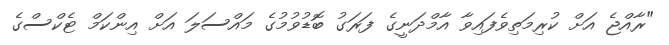
"ރާއްޖެ އަށް ކުރިމަތިވެފައިވާ އާމްދަނީގެ ފަރަގު ބޮޑުވުމުގެ މައްސަލަ އަށް އިންކަމް ޓެކްސްގެ